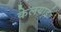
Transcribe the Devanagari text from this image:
केलयार्ड